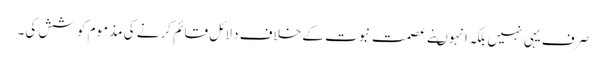
صرف یہی نہیں بلکہ انہوںنے عصمت نبوت کے خلاف دلائل قائم کرنے کی مذموم کوشش کی۔